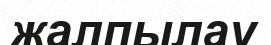
жалпылау